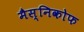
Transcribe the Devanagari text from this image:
मैस्निकोफ